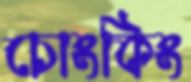
চোংকিং